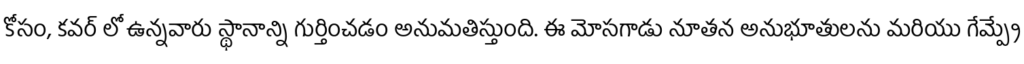
కోసం, కవర్ లో ఉన్నవారు స్థానాన్ని గుర్తించడం అనుమతిస్తుంది. ఈ మోసగాడు నూతన అనుభూతులను మరియు గేమ్ప్లే